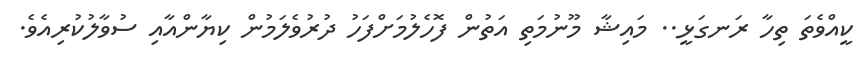
ކީއްވެތަ ތިހާ ރަނގަޅީ.. މައިޝާ މޫނުމަތި އަތުން ފޮހެލުމަށްފަހު ދުރުވެލަމުން ކިޔާންއާއި ސުވާލުކުރިއެވެ.